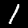
Digit: 1